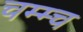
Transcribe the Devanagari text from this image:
चम्म्च